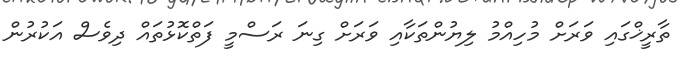
ތާރީޚްގައި ވަރަށް މުހިއްމު ލިޔުންތަކާއި ވަރަށް ގިނަ ރަސްމީ ފަތްކޮޅުތައް ދިވެސް އަކުރުން